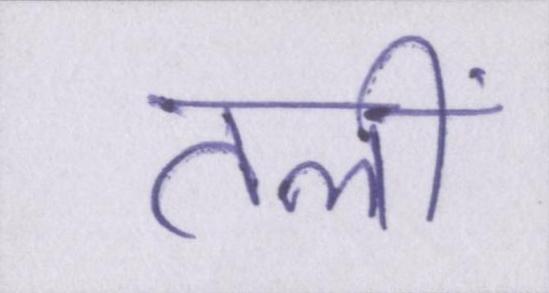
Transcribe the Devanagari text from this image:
तलीं